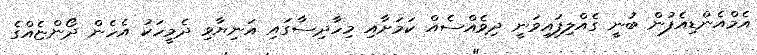
އެމްއެންޑިއެފުން ބުނީ ގެއްލިފައިވަނީ ދިވެއްސެއް ކަމަށާއި މިހާދިސާގައި އަނިޔާވި ދެމީހަކު އެހެން ދޯންޏެއްގެ